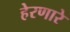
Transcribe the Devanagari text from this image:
हेरणारे